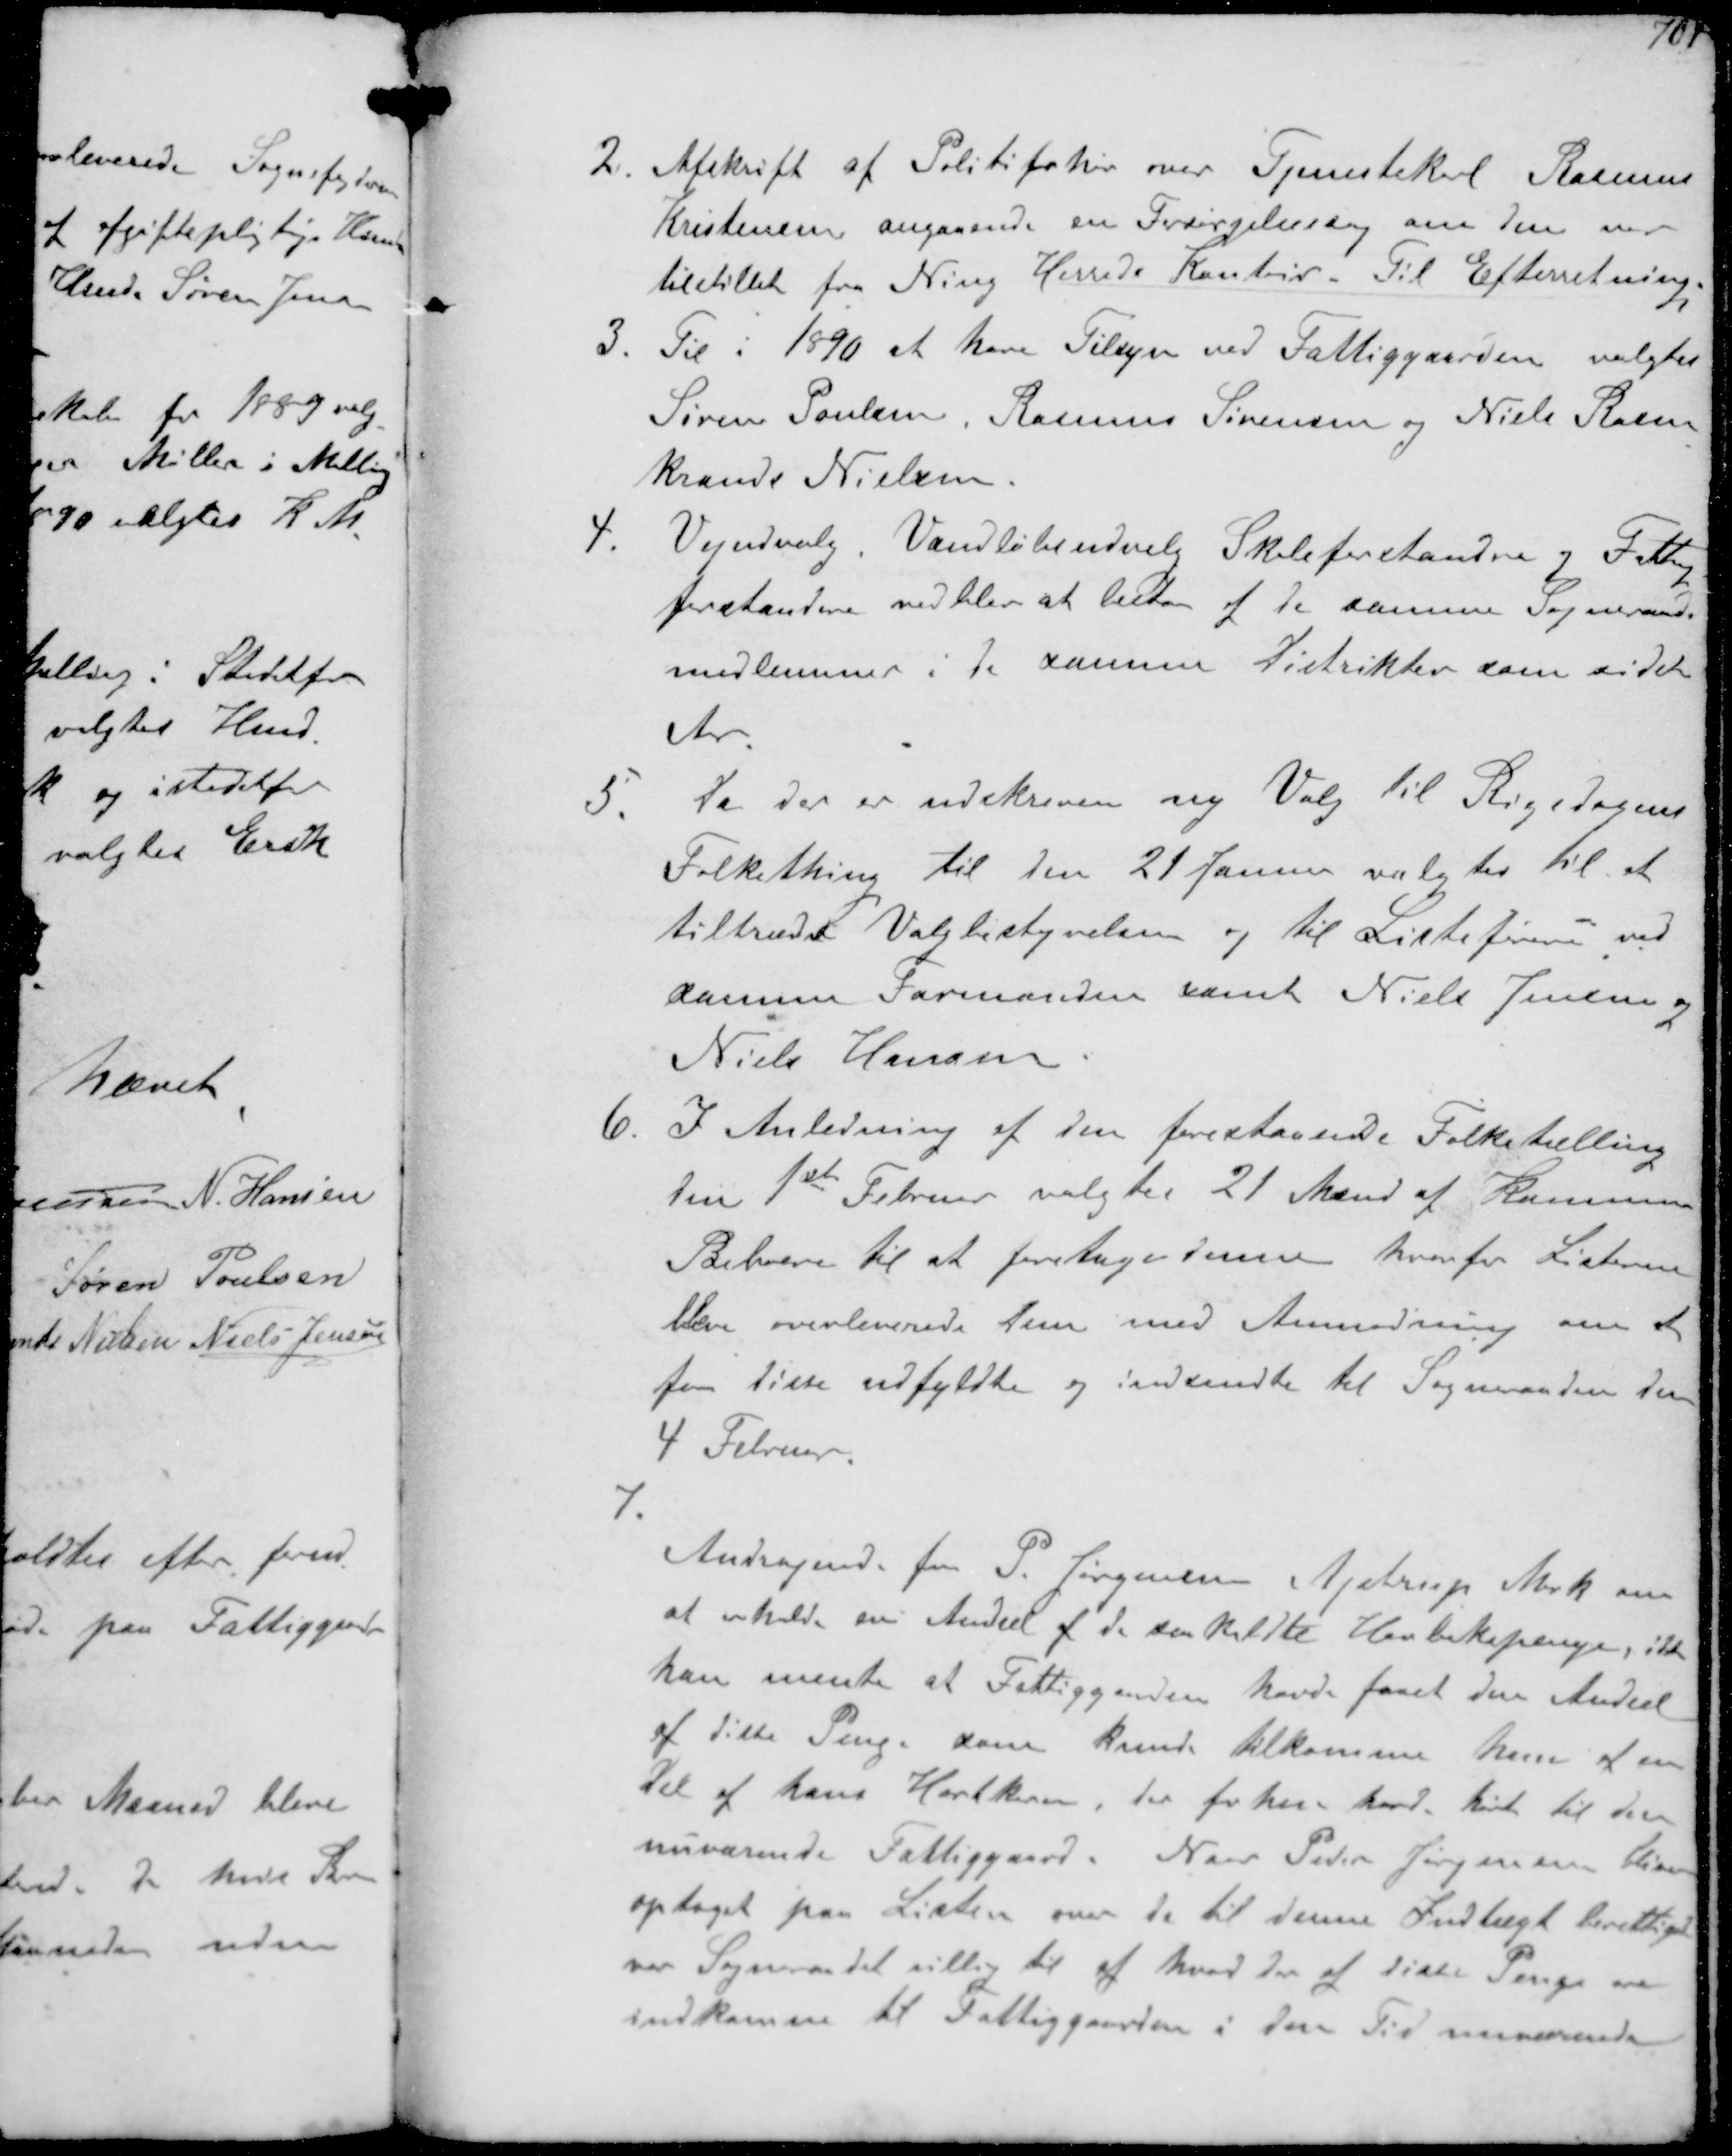
Transskription:
2 Afskrift af Politiforhør over Tjenestekarl Rasmus
Kristensen angaaende en Forsørgelsessag som den var
tilstillet fra Ning Herreds Kontor. Til Efterretning.
3. Til i 1890 at have Tilsyn ved Fattiggåarden valgtes
Søren Poulsen Rasmus Sørensen og Niels Rosen-
krands Nielsen
4. Vejudvalg. Vandløbsudvalg Skoleforstandere og Fattig-
forstandere vedblev at bestaa af de samme Sogneraads-
medlemmer i de samne Distrikter som sidste
Aar
5. Da der er udskreven ny Valg til Rigsdagens
Folkething til en 21 Januar valgtes til at
tiltræde Valgbestyrelsen og til Listeførene ved
samme Formanden samt Niels Jensen og
Niels Hansen
6. I Anledning af den forestaaende Folketælling
den 1st Februar valgtes 21 Mænd af Kommunens
Beboere til at foretage denne hvorfor Listerne
bleve overleverde dem med Anmodning om at
faa disse udfyldte og indsendte til Sogneraaden den
4 Februar.
7
Andragende fra P. Jørgensen Ajstrup Mark om
at erholde en Andel af de saakaldte Havbakepenge, ikke
han mente at Fattiggaarden havde faaet den Andel
af disse Penge den kunde tilkomme kun at en
Del af hans Hartkorn, der forhen havde hørt til den
nuværende Fattiggaard. Naar Peder Jørgensen bliver
optaget paa Listen over de til denne Indtægt berettiget
var Sogneraadet villig til af hvad der af disse Penge ere
indkomne til Fattiggaarden i den Tid nuværende